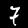
Label: 7